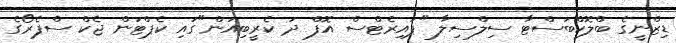
ޑިޒްނީގެ ބްލޮކްބަސްޓާ ސިލްސިލާ "ޕައިރެޓްސް އޮފް ދަ ކެރީބިއަން"ގައި ކެޕްޓަން ޖެކް ސްޕެރޯގެ